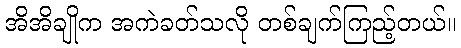
အိအိချိုက အကဲခတ်သလို တစ်ချက်ကြည့်တယ်။